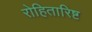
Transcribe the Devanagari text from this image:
रोहितारिष्ट